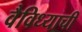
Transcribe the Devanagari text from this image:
वैविध्याची